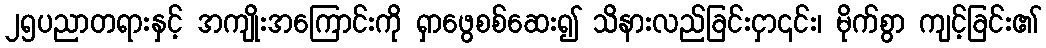
၂၅ပညာတရားနှင့် အကျိုးအကြောင်းကို ရှာဖွေစစ်ဆေး၍ သိနားလည်ခြင်းငှာ၎င်း၊ မိုက်စွာ ကျင့်ခြင်း၏